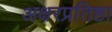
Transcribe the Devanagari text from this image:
अक्षरप्रतिष्ठा